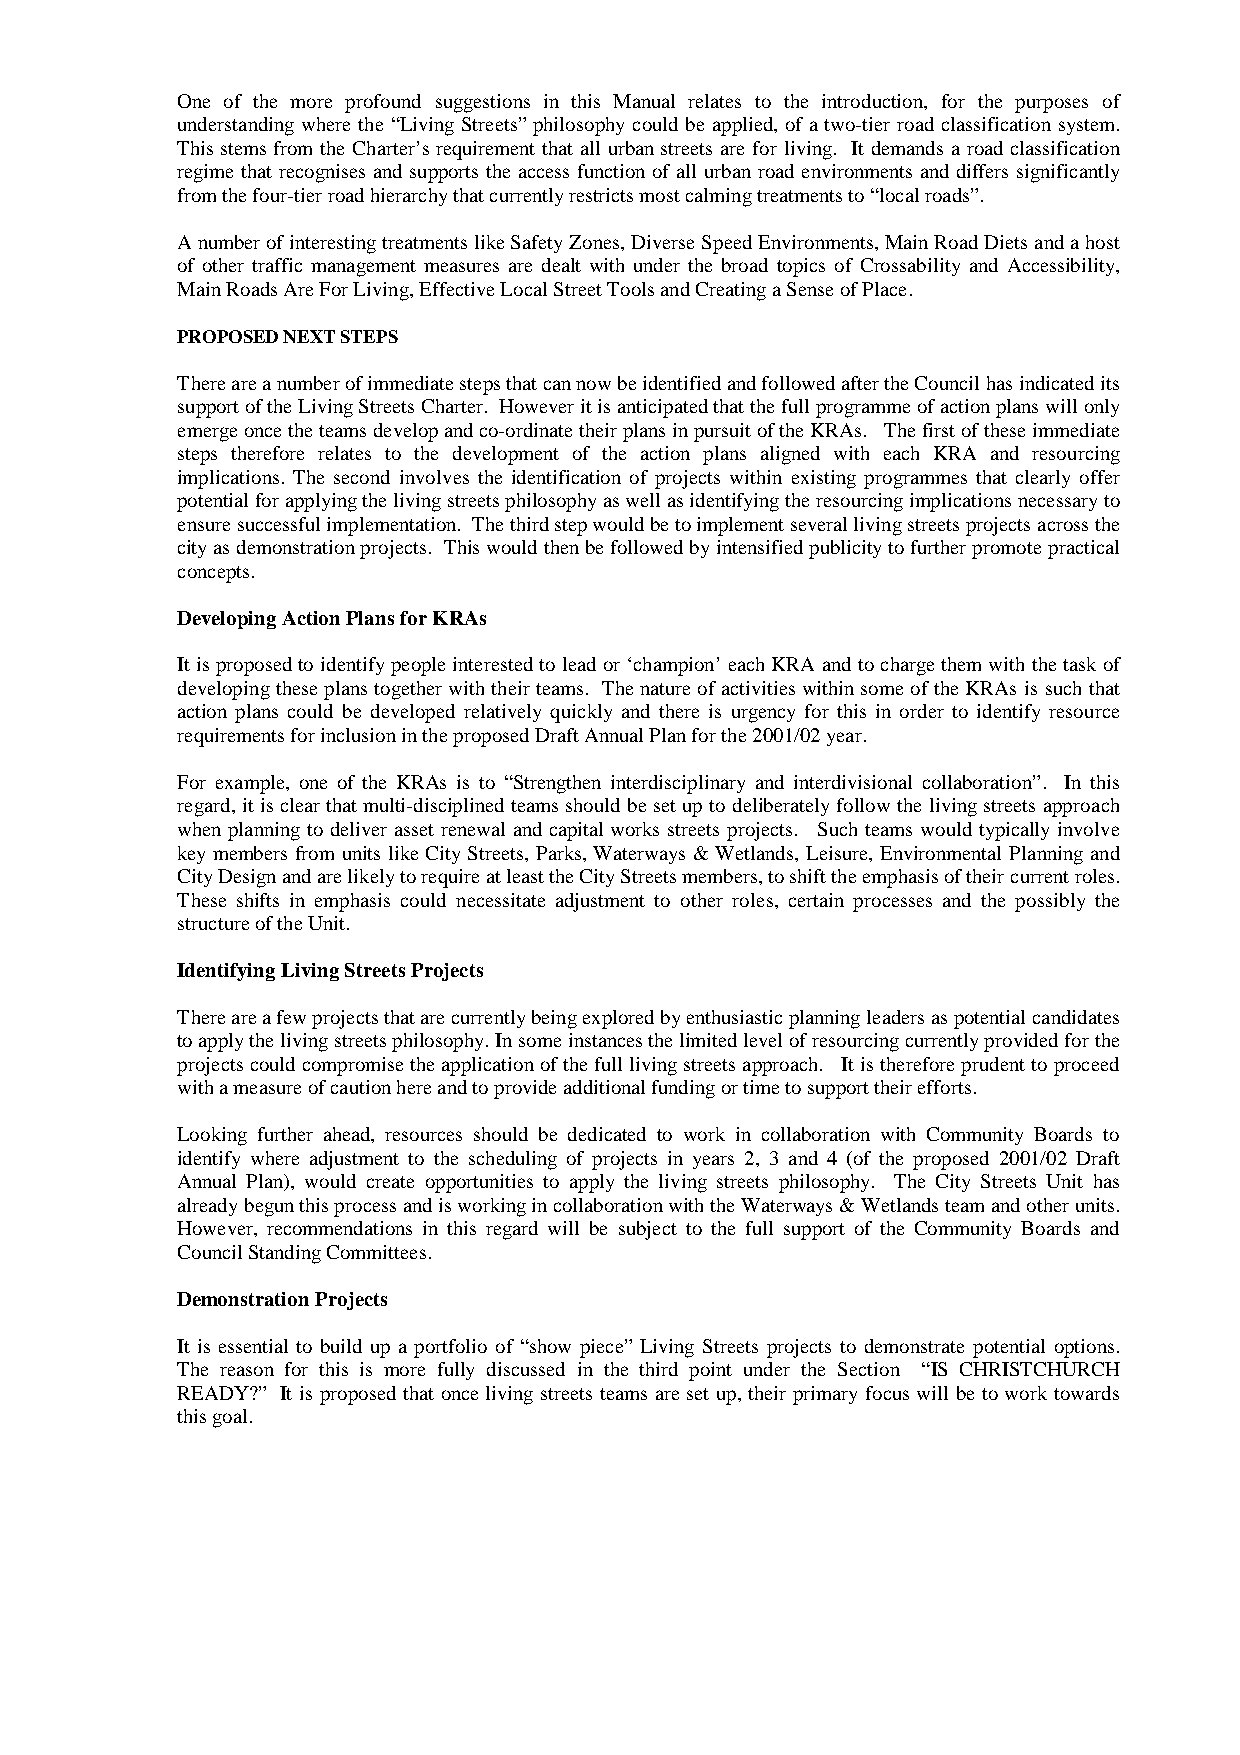
One of the more profound suggestions in this Manual relates to the introduction, for the purposes of
 understanding where the “Living Streets” philosophy could be applied, of a two-tier road classification system.
 This stems from the Charter’s requirement that all urban streets are for living. It demands a road classification
 regime that recognises and supports the access function of all urban road environments and differs significantly
 from the four-tier road hierarchy that currently restricts most calming treatments to “local roads”.
 A number of interesting treatments like Safety Zones, Diverse Speed Environments, Main Road Diets and a host
 of other traffic management measures are dealt with under the broad topics of Crossability and Accessibility,
 Main Roads Are For Living, Effective Local Street Tools and Creating a Sense of Place.
 PROPOSED NEXT STEPS
 There are a number of immediate steps that can now be identified and followed after the Council has indicated its
 support of the Living Streets Charter. However it is anticipated that the full programme of action plans will only
 emerge once the teams develop and co-ordinate their plans in pursuit of the KRAs. The first of these immediate
 steps therefore relates to the development of the action plans aligned with each KRA and resourcing
 implications. The second involves the identification of projects within existing programmes that clearly offer
 potential for applying the living streets philosophy as well as identifying the resourcing implications necessary to
 ensure successful implementation. The third step would be to implement several living streets projects across the
 city as demonstration projects. This would then be followed by intensified publicity to further promote practical
 concepts.
 Developing Action Plans for KRAs
 It is proposed to identify people interested to lead or ‘champion’ each KRA and to charge them with the task of
 developing these plans together with their teams. The nature of activities within some of the KRAs is such that
 action plans could be developed relatively quickly and there is urgency for this in order to identify resource
 requirements for inclusion in the proposed Draft Annual Plan for the 2001/02 year.
 For example, one of the KRAs is to “Strengthen interdisciplinary and interdivisional collaboration”. In this
 regard, it is clear that multi-disciplined teams should be set up to deliberately follow the living streets approach
 when planning to deliver asset renewal and capital works streets projects. Such teams would typically involve
 key members from units like City Streets, Parks, Waterways & Wetlands, Leisure, Environmental Planning and
 City Design and are likely to require at least the City Streets members, to shift the emphasis of their current roles.
 These shifts in emphasis could necessitate adjustment to other roles, certain processes and the possibly the
 structure of the Unit.
 Identifying Living Streets Projects
 There are a few projects that are currently being explored by enthusiastic planning leaders as potential candidates
 to apply the living streets philosophy. In some instances the limited level of resourcing currently provided for the
 projects could compromise the application of the full living streets approach. It is therefore prudent to proceed
 with a measure of caution here and to provide additional funding or time to support their efforts.
 Looking further ahead, resources should be dedicated to work in collaboration with Community Boards to
 identify where adjustment to the scheduling of projects in years 2, 3 and 4 (of the proposed 2001/02 Draft
 Annual Plan), would create opportunities to apply the living streets philosophy. The City Streets Unit has
 already begun this process and is working in collaboration with the Waterways & Wetlands team and other units.
 However, recommendations in this regard will be subject to the full support of the Community Boards and
 Council Standing Committees.
 Demonstration Projects
 It is essential to build up a portfolio of “show piece” Living Streets projects to demonstrate potential options.
 The reason for this is more fully discussed in the third point under the Section “IS CHRISTCHURCH
 READY?” It is proposed that once living streets teams are set up, their primary focus will be to work towards
 this goal.